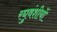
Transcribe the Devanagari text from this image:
रघुवंशीयों